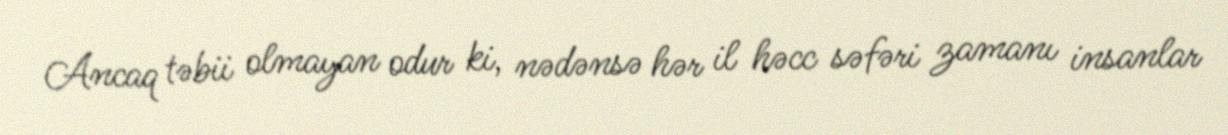
Ancaq təbii olmayan odur ki, nədənsə hər il həcc səfəri zamanı insanlar